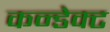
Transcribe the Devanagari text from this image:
कन्डेक्ट